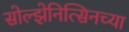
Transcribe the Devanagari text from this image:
सोल्झेनित्सिनच्या